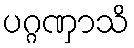
ပဂ္ဂဏှာသိ